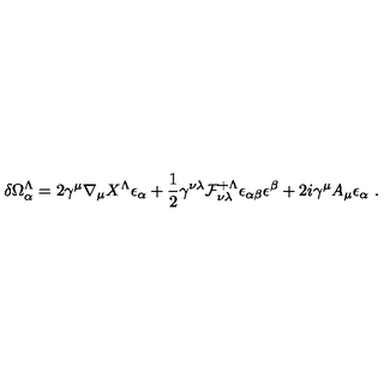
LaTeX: \delta \Omega _ { \alpha } ^ { \Lambda } = 2 \gamma ^ { \mu } \nabla _ { \mu } X ^ { \Lambda } \epsilon _ { \alpha } + { \frac { 1 } { 2 } } \gamma ^ { \nu \lambda } { \cal F } _ { \nu \lambda } ^ { + \Lambda } \epsilon _ { \alpha \beta } \epsilon ^ { \beta } + 2 i \gamma ^ { \mu } A _ { \mu } \epsilon _ { \alpha } \ .